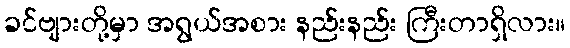
ခင်ဗျားတို့မှာ အရွယ်အစား နည်းနည်း ကြီးတာရှိလား။